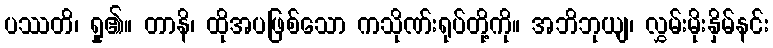
ပဿတိ၊ ရှု၏။ တာနိ၊ ထိုအပဖြစ်သော ကသိုဏ်းရုပ်တို့ကို။ အဘိဘုယျ၊ လွှမ်းမိုးနှိမ်နင်း